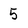
Character: 5